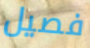
فصيل